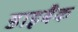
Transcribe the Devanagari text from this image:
डाइबैक